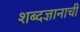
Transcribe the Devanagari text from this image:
शब्दज्ञानाची